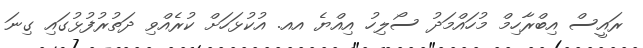
ރައީސް އިބްރާހިމް މުހައްމަދު ސޯލިހު އިއްޔެ އއ. އުކުޅަހަށް ކުރެއްވި ދަތުރުފުޅުގައި ގިނަ